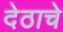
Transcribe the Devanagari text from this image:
देठाचे